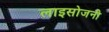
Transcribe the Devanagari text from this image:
लाइसोजनी